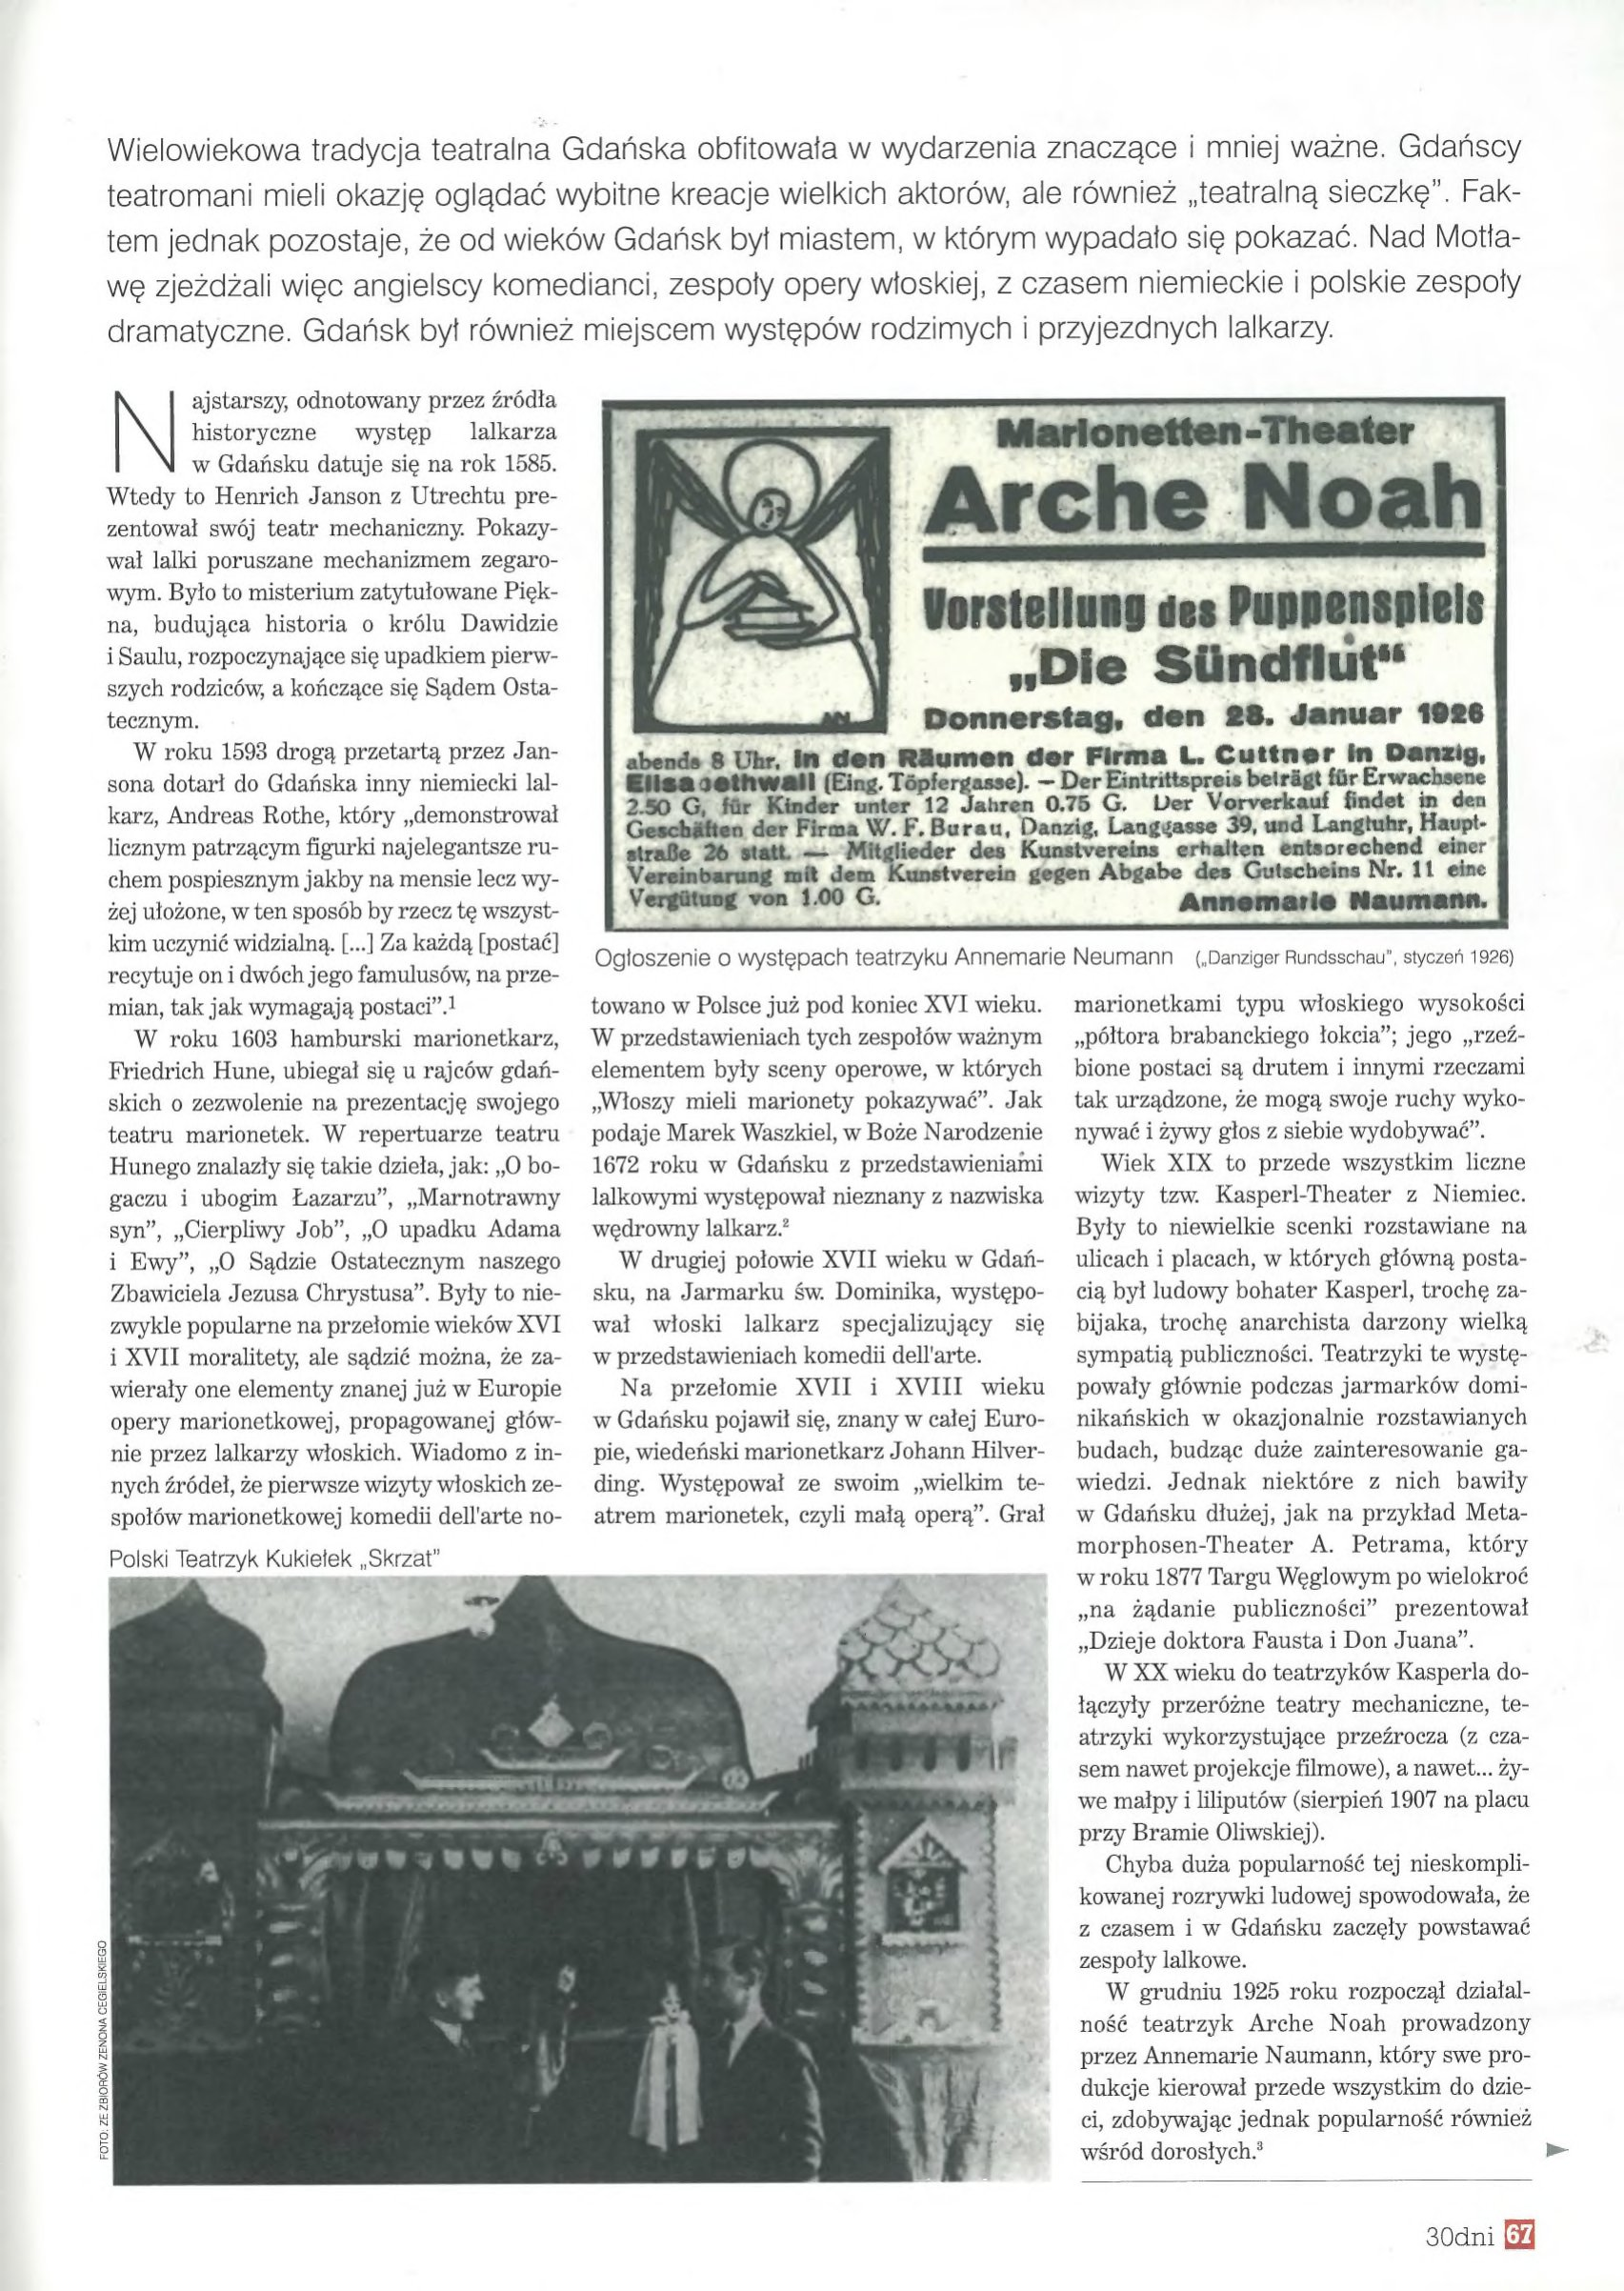
Language: pl